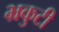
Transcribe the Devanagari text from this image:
भ्रकुटी